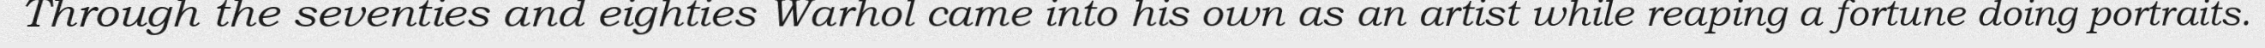
Through the seventies and eighties Warhol came into his own as an artist while reaping a fortune doing portraits.